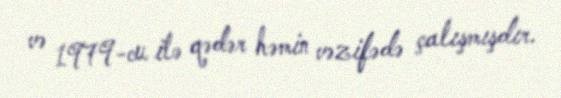
və 1979-cu ilə qədər həmin vəzifədə çalışmışdır.